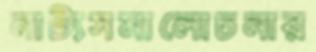
নাট্যসমালোচনার